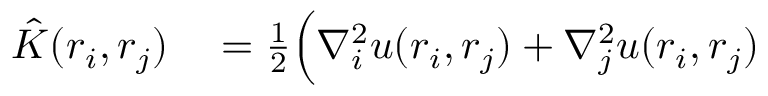
\begin{array} { r l } { \hat { K } ( \boldsymbol { r } _ { i } , \boldsymbol { r } _ { j } ) } & { { } = \frac { 1 } { 2 } \Big ( \nabla _ { i } ^ { 2 } u ( \boldsymbol { r } _ { i } , \boldsymbol { r } _ { j } ) + \nabla _ { j } ^ { 2 } u ( \boldsymbol { r } _ { i } , \boldsymbol { r } _ { j } ) } \end{array}